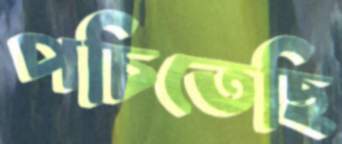
পচিতেছি